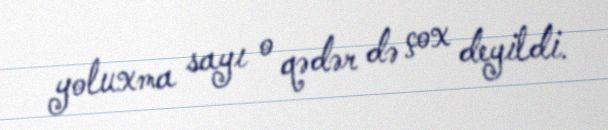
yoluxma sayı o qədər də çox deyildi.